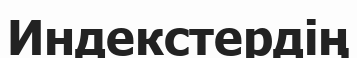
Индекстердің